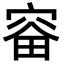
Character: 𪧗